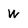
Character: W